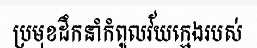
ប្រមុខដឹកនាំកំពូលវ័យក្មេងរបស់